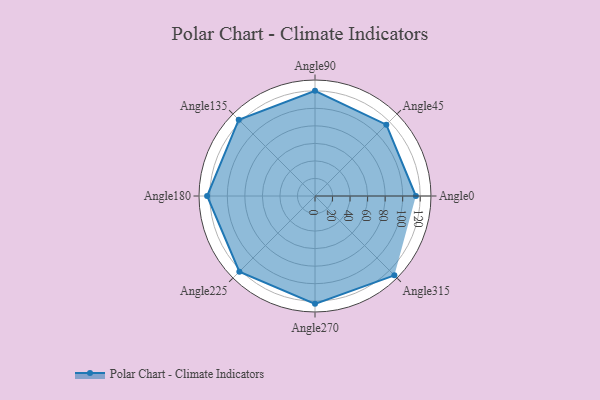
{"axis": {"x": "Angle", "y": "Radius"}, "legend": [""], "data": [{"x": "Angle0", "y": 115.0, "type": ""}, {"x": "Angle45", "y": 115.0, "type": ""}, {"x": "Angle90", "y": 120.0, "type": ""}, {"x": "Angle135", "y": 123.0, "type": ""}, {"x": "Angle180", "y": 123.0, "type": ""}, {"x": "Angle225", "y": 122.0, "type": ""}, {"x": "Angle270", "y": 123.0, "type": ""}, {"x": "Angle315", "y": 128.0, "type": ""}]}